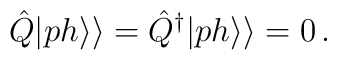
\hat Q|ph\rangle\rangle=\hat Q^\dagger|ph\rangle\rangle=0\,.